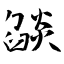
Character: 燄